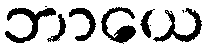
ဘာယေ